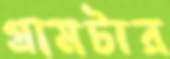
গ্রামটার